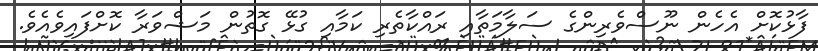
ފާޅުކޮށް އެހެން ނޫސްވެރިންގެ ސަލާމަތާއި ރައްކާތެރި ކަމާއި ގުޅޭ ގޮތުން މަޝްވަރާ ކޮށްފައިވެއެވެ.